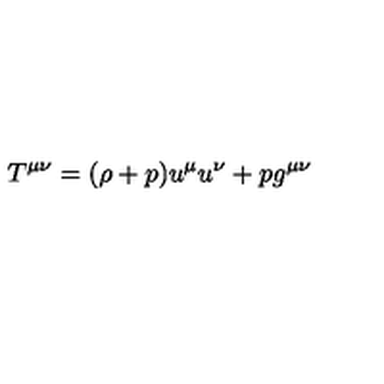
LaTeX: T ^ { \mu \nu } = ( \rho + p ) u ^ { \mu } u ^ { \nu } + p g ^ { \mu \nu }